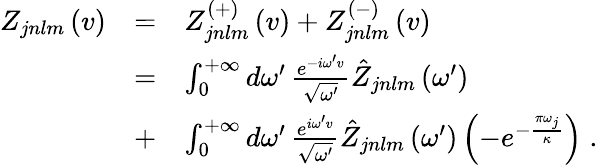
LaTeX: \begin{array}{lcl}{{Z_{jnlm}\left(v\right)}}&{{=}}&{{Z_{jnlm}^{\left(+\right)}\left(v\right)+Z_{jnlm}^{\left(-\right)}\left(v\right)}}\\ {{\ }}&{{=}}&{{\int_{0}^{+\infty}d\omega^{\prime}\, \frac{e^{-i\omega^{\prime}v}}{\sqrt{\omega^{\prime}}}\hat{Z}_{jnlm}\left(\omega^{\prime}\right)}}\\ {{\ }}&{{+}}&{{\int_{0}^{+\infty}d\omega^{\prime}\, \frac{e^{i\omega^{\prime}v}}{\sqrt{\omega^{\prime}}}\hat{Z}_{jnlm}\left(\omega^{\prime}\right)\left(-e^{-{\frac{\pi\omega_{j}}{\kappa}}}\right)\; .}}\end{array}